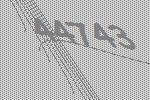
44743